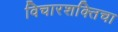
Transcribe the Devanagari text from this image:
विचारशक्तिचा